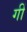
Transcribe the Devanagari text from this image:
गीं